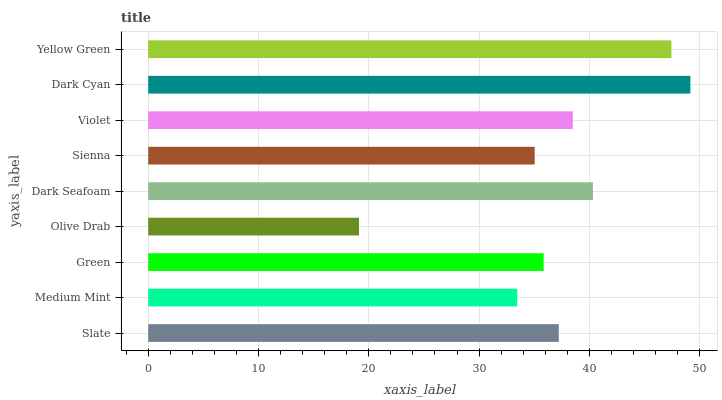
| yaxis_label | bars |
 | --- | --- |
 | Slate | 37.2 |
 | Medium Mint | 33.5 |
 | Green | 35.9 |
 | Olive Drab | 19.1 |
 | Dark Seafoam | 40.3 |
 | Sienna | 35 |
 | Violet | 38.5 |
 | Dark Cyan | 49.2 |
 | Yellow Green | 47.4 |